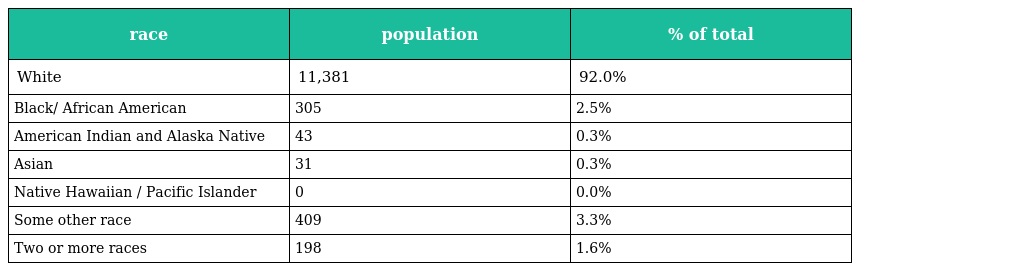
| race | population | % of total |
 | --- | --- | --- |
 | White | 11,381 | 92.0% |
 | Black/ African American | 305 | 2.5% |
 | American Indian and Alaska Native | 43 | 0.3% |
 | Asian | 31 | 0.3% |
 | Native Hawaiian / Pacific Islander | 0 | 0.0% |
 | Some other race | 409 | 3.3% |
 | Two or more races | 198 | 1.6% |